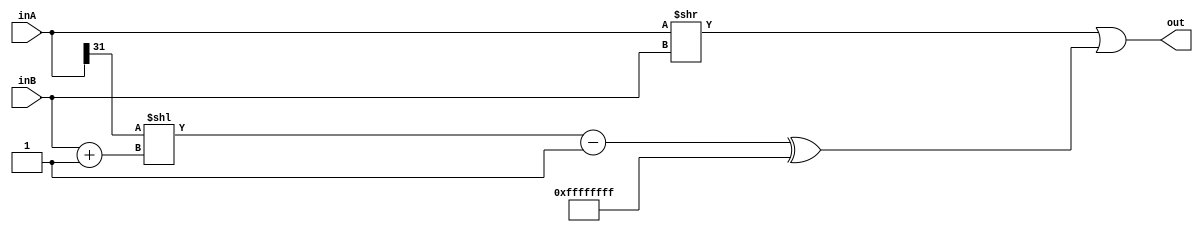
module arithShiftRight(
	output reg [31:0] out,
	input [31:0] inA, inB
	);

	wire [31:0] rightOut0, leftOut, rightOut1;
	always @ (inA or inB) begin
		out = (inA >> inB) |  (((inA >> 31) << (inB + 1))-1)^32'hffffffff;
	end
endmodule